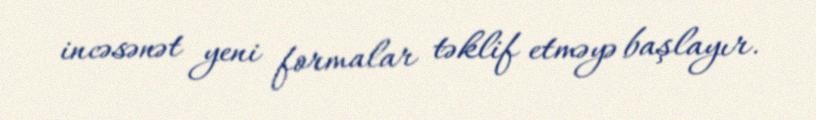
incəsənət yeni formalar təklif etməyə başlayır.